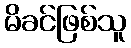
မိခင်ဖြစ်သူ